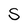
Character: S